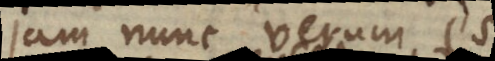
jam nunc verum est,